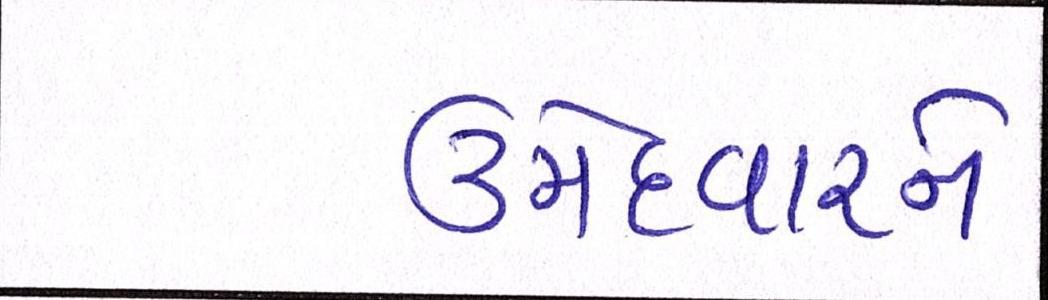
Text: ઉમેદવારને